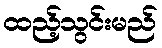
ထည့်သွင်းမည်